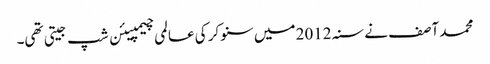
محمد آصف نے سنہ 2012 میں سنوکر کی عالمی چیمپیئن شپ جیتی تھی۔